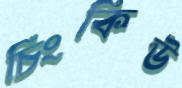
চিংকিউ